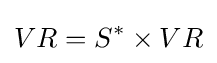
VR=S^{*}\times VR